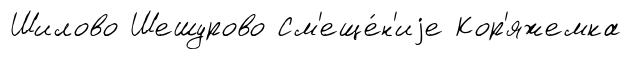
Шилово Шешурово См'еще́н'иjе Кор'яжемка